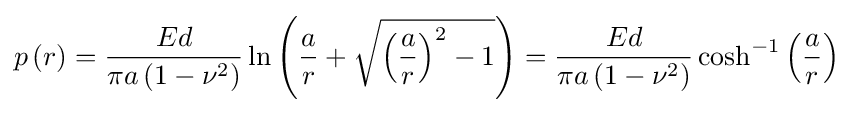
p\left(r\right)={\frac {Ed}{\pi a\left(1-\nu ^{2}\right)}}\ln \left({\frac {a}{r}}+{\sqrt {\left({\frac {a}{r}}\right)^{2}-1}}\right)={\frac {Ed}{\pi a\left(1-\nu ^{2}\right)}}\cosh ^{-1}\left({\frac {a}{r}}\right)